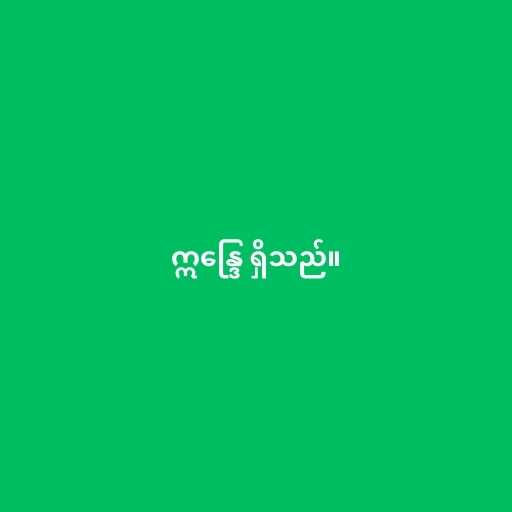
ဣန္ဒြေ ရှိသည်။